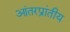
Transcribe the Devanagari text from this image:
आंतरप्रांतीय